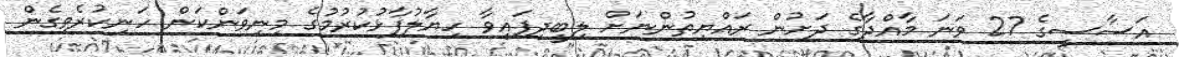
އަސާސީގެ 27 ވަނަ މާއްދާގެ ދަށުން ރައްޔިތުންނަށް ލިބީދިފައިވާ ހިޔާލުފާޅުކުުރުމުގެ މިނިވަންކަން ހަނިކުރެވިގެން